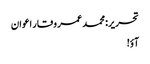
تحریر: محمد عمر وقار اعوان
آؤ!